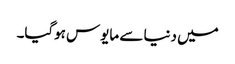
میں دنیا سے مایوس ہوگیا۔